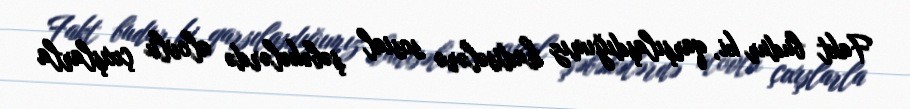
Fakt budur ki, qarşılaşdığımız hadisələrə sosial şəbəkələrdə alovlu çıxışlarla